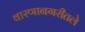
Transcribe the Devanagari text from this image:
वारणानगरीतले